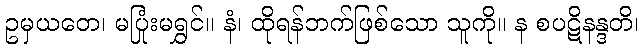
ဥမှယတေ၊ မပြုံးမရွှင်။ နံ၊ ထိုရန်ဘက်ဖြစ်သော သူကို။ န စပဋိနန္ဒတိ၊